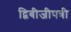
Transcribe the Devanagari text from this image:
द्विबीजीपत्री